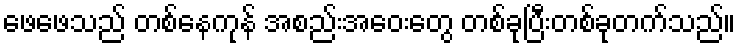
ဖေဖေသည် တစ်နေကုန် အစည်းအဝေးတွေ တစ်ခုပြီးတစ်ခုတက်သည်။